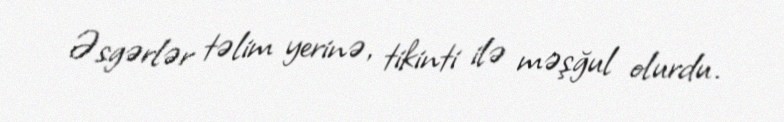
Əsgərlər təlim yerinə, tikinti ilə məşğul olurdu.